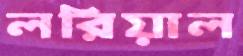
লরিয়াল